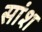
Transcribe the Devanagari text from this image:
सांश